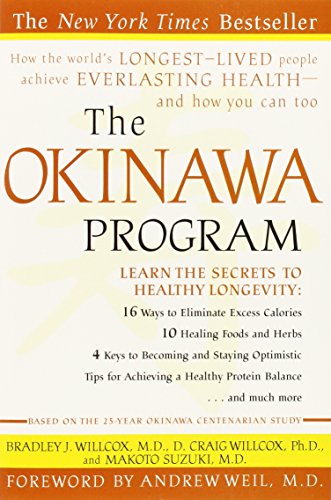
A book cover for The Okinawa Program : How the World's Longest-Lived People Achieve Everlasting Health--And How You Can Too; Bradley J. Willcox; Health, Fitness & Dieting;